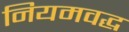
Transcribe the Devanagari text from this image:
नियमवद्ध